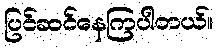
ပြင်ဆင်နေကြပါတယ်။